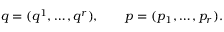
q = ( q ^ { 1 } , \ldots , q ^ { r } ) , \qquad p = ( p _ { 1 } , \ldots , p _ { r } ) .